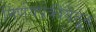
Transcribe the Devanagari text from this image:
निर्णयप्रक्रीयेतून